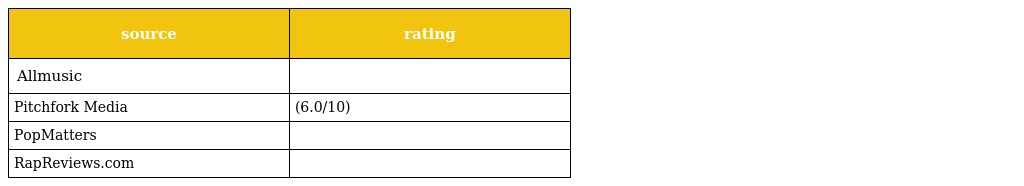
| source | rating |
 | --- | --- |
 | Allmusic |  |
 | Pitchfork Media | (6.0/10) |
 | PopMatters |  |
 | RapReviews.com |  |